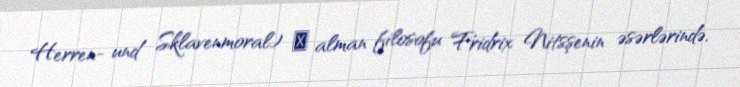
Herren- und Sklavenmoral) ― alman filosofu Fridrix Nitsşenin əsərlərində,